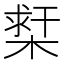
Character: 𣗲